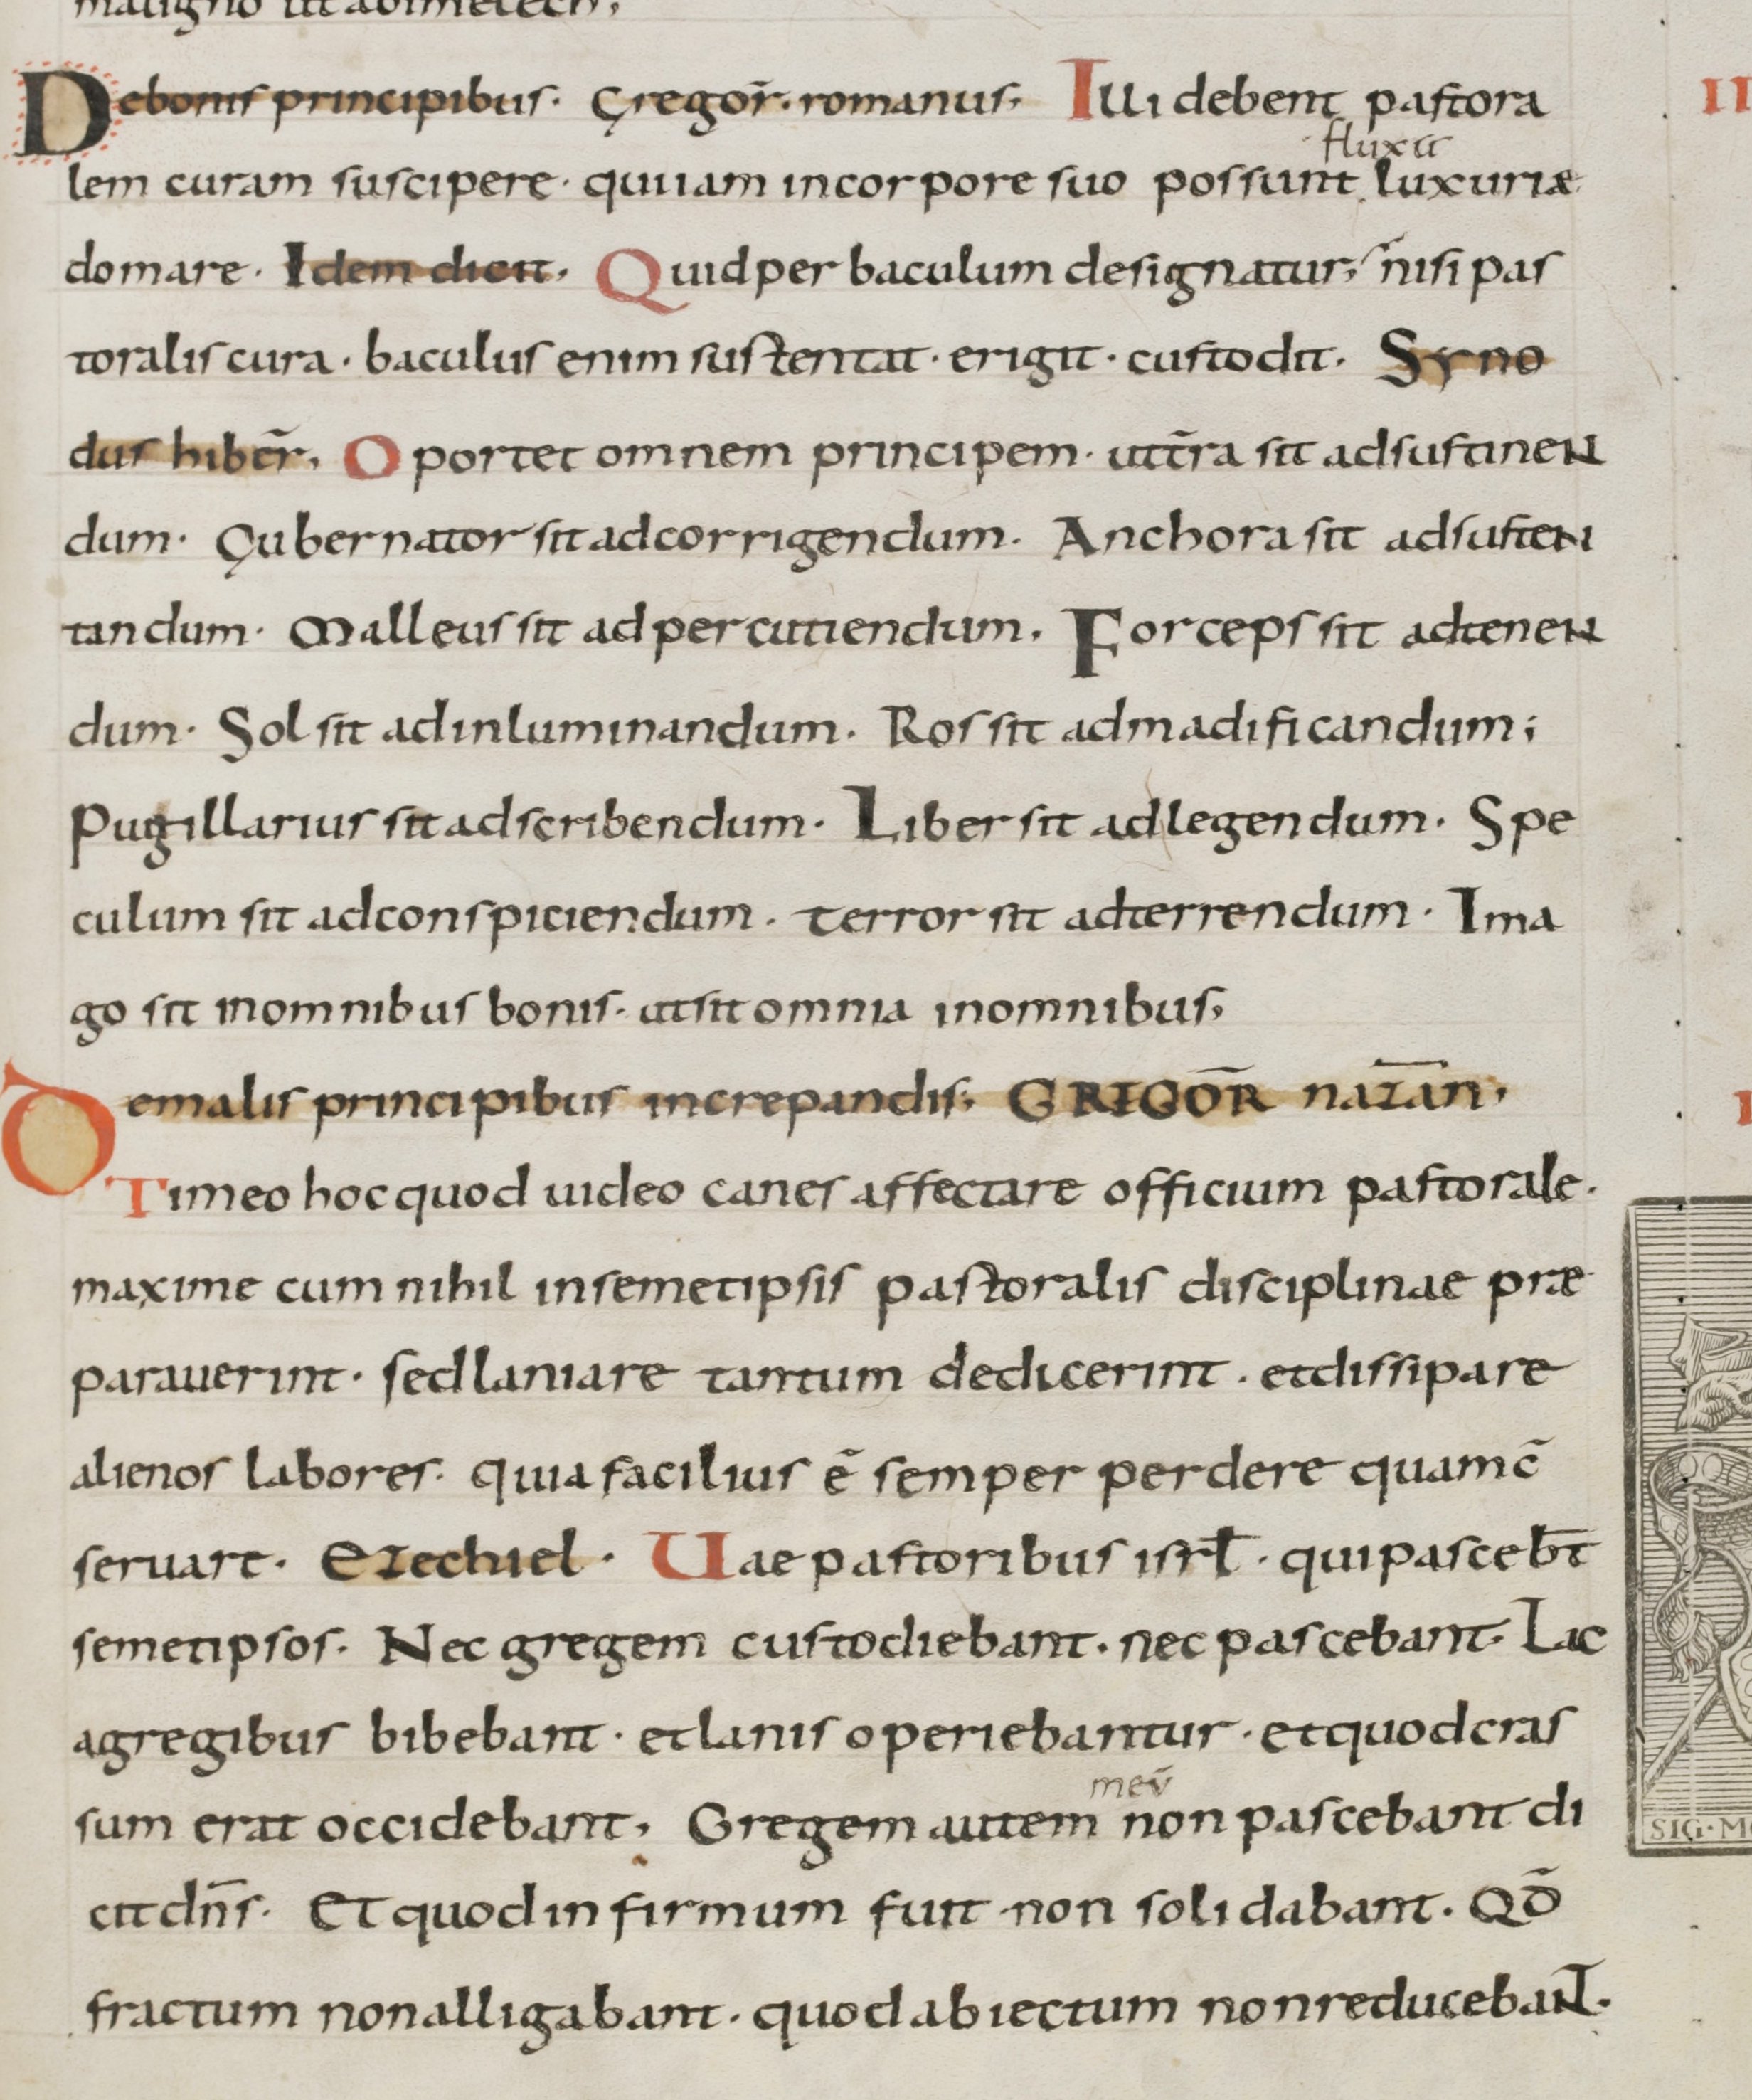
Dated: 800–899